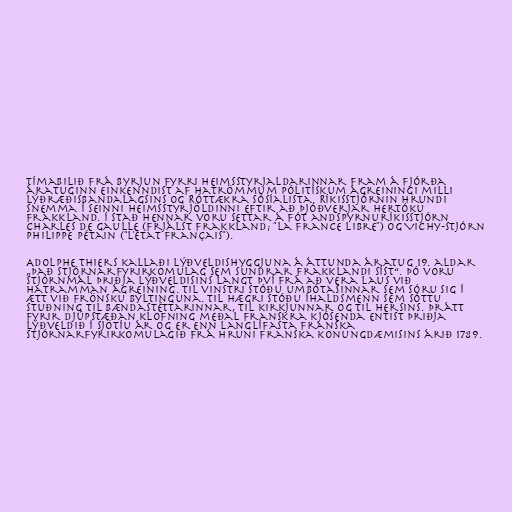
Tímabilið frá byrjun fyrri heimsstyrjaldarinnar fram á fjórða
áratuginn einkenndist af hatrömmum pólitískum ágreiningi milli
Lýðræðisbandalagsins og Róttækra sósíalista. Ríkisstjórnin hrundi
snemma í seinni heimsstyrjöldinni eftir að Þjóðverjar hertóku
Frakkland. Í stað hennar voru settar á fót andspyrnuríkisstjórn
Charles de Gaulle (Frjálst Frakkland; "la France libre") og Vichy-stjórn
Philippe Pétain ("l'État français").

Adolphe Thiers kallaði lýðveldishyggjuna á áttunda áratug 19. aldar
„það stjórnarfyrirkomulag sem sundrar Frakklandi síst“. Þó voru
stjórnmál þriðja lýðveldisins langt því frá að vera laus við
hatramman ágreining. Til vinstri stóðu umbótasinnar sem sóru sig í
ætt við frönsku byltinguna. Til hægri stóðu íhaldsmenn sem sóttu
stuðning til bændastéttarinnar, til kirkjunnar og til hersins. Þrátt
fyrir djúpstæðan klofning meðal franskra kjósenda entist þriðja
lýðveldið í sjötíu ár og er enn langlífasta franska
stjórnarfyrirkomulagið frá hruni franska konungdæmisins árið 1789.